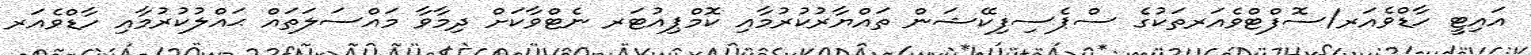
އައިޓީ ހާޑްވެއަރ/ސޮފްޓްވެއަރތަކުގެ ސްޕެސިފިކޭޝަން ތައްޔާރުކުރުމާއި ކޮމްޕިއުޓަރ ނެޓްވާކަށް ދިމާވާ މައްސަލަތައް ޙައްލުކުރުމާއި ހާޑްވެއަރ